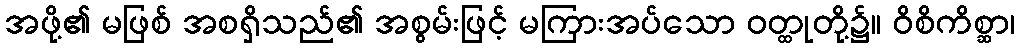
အဖို့၏ မဖြစ် အစရှိသည်၏ အစွမ်းဖြင့် မကြားအပ်သော ဝတ္ထုတို့၌။ ဝိစိကိစ္ဆာ၊